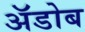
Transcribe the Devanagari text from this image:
अॅडोब